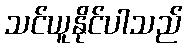
သင်ယူနိုင်ပါသည်